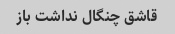
قاشق چنگال نداشت باز